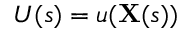
U ( s ) = u ( \mathbf { X } ( s ) )